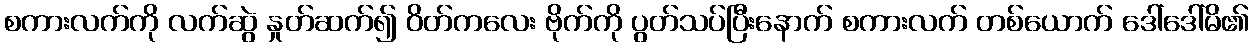
စကားလက်ကို လက်ဆွဲ နှုတ်ဆက်၍ ဝိတ်ကလေး ဗိုက်ကို ပွတ်သပ်ပြီးနောက် စကားလက် တစ်ယောက် ဒေါ်ဒေါ်မိ၏